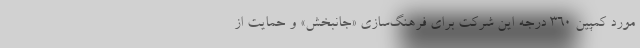
مورد کمپین ۳۶۰ درجه این شرکت برای فرهنگ‌سازی «جانبخش» و حمایت از